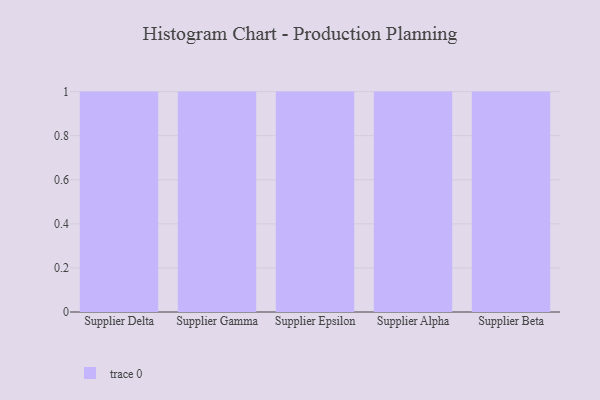
{"axis": {"x": "Supplier", "y": "Net Income (USD K)"}, "legend": [""], "data": [{"x": "Supplier Delta", "y": 25, "type": ""}, {"x": "Supplier Gamma", "y": 87, "type": ""}, {"x": "Supplier Epsilon", "y": 78, "type": ""}, {"x": "Supplier Alpha", "y": 70, "type": ""}, {"x": "Supplier Beta", "y": 44, "type": ""}]}